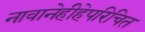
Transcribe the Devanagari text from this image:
नावानेहीहेपरिचित